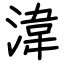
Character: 湋